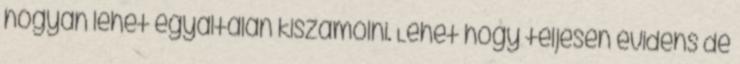
hogyan lehet egyáltalán kiszámolni. Lehet hogy teljesen evidens de